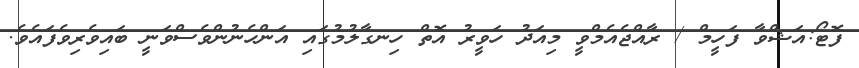
ފޮޓޯ:އަޝްވާ ފަހީމް / ރާއްޖެއެމްވީ މިއަދު ހަވީރު އޮތް ހިނގާލުމުގައި އަންހެނުންވެސްވަނީ ބައިވެރިވެފައެވެ.